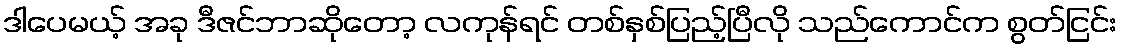
ဒါပေမယ့် အခု ဒီဇင်ဘာဆိုတော့ လကုန်ရင် တစ်နှစ်ပြည့်ပြီလို သည်ကောင်က စွတ်ငြင်း